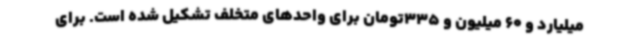
میلیارد و 60 میلیون و 335تومان برای واحدهای متخلف تشکیل شده است. برای